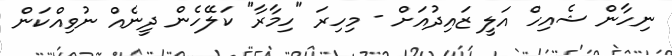
ނިހާން ޝެއިހް އަލީ ޒައިދުއަށް - މިހިރަ "ހިމާރާ" ކަލޭހެން ދީނެއް ނުވިއްކަން